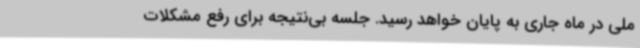
ملی در ماه جاری به پایان خواهد رسید. جلسه بی‌نتیجه برای رفع مشکلات